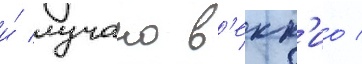
и́ лучано в'екк'ио /